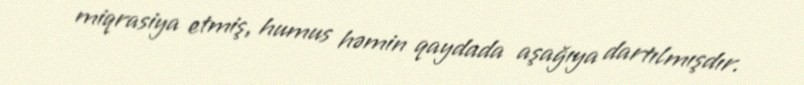
miqrasiya etmiş, humus həmin qaydada aşağıya dartılmışdır.